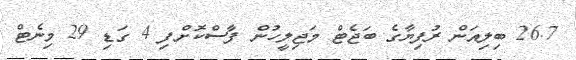
26.7 ބިލިއަން ރުފިޔާގެ ބަޖެޓް މަޖިލީހުން ފާސްކޮށްފި 4 ގަޑި 29 މިނެޓް